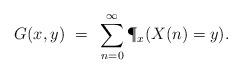
LaTeX: \begin{align*} G(x,y) ~=~ \sum_{n=0}^\infty \P_x(X(n) = y). \end{align*}